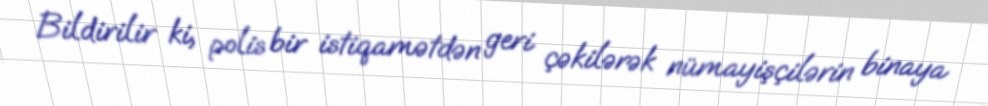
Bildirilir ki, polis bir istiqamətdən geri çəkilərək nümayişçilərin binaya